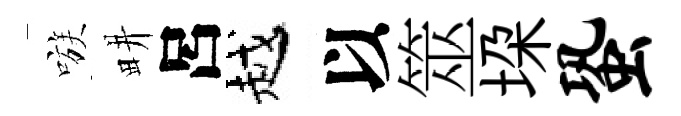
嗾畊呂越以筮垜蛩